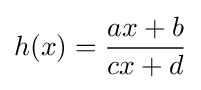
h(x)={\frac {ax+b}{cx+d}}